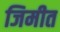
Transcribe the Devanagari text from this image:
जिमीत